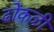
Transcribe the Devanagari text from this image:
ढोकळी